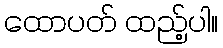
ထောပတ် ထည့်ပါ။